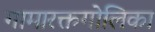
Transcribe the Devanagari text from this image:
गामारक्तगोलिका